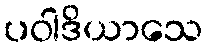
ပဝါဒိယာသေ